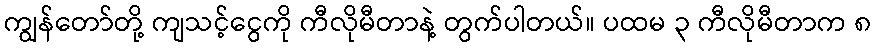
ကျွန်တော်တို့ ကျသင့်ငွေကို ကီလိုမီတာနဲ့ တွက်ပါတယ်။ ပထမ ၃ ကီလိုမီတာက ၈